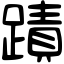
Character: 蹟